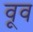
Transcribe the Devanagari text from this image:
वूव